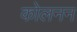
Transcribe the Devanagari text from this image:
कोलनन